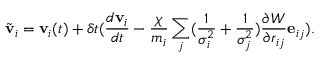
\tilde { \mathbf { v } } _ { i } = \mathbf { v } _ { i } ( t ) + \delta t ( \frac { d \mathbf { v } _ { i } } { d t } - \frac { \chi } { m _ { i } } \sum _ { j } ( \frac { 1 } { \sigma _ { i } ^ { 2 } } + \frac { 1 } { \sigma _ { j } ^ { 2 } } ) \frac { \partial { W } } { \partial { r _ { i j } } } \mathbf { e } _ { i j } ) .